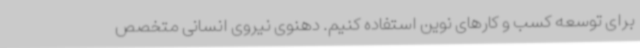
برای توسعه کسب و کارهای نوین استفاده کنیم. دهنوی نیروی انسانی متخصص